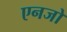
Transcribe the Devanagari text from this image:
एनजो